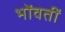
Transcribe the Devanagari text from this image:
भोंवतीं